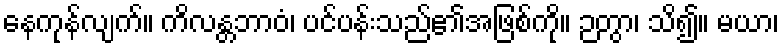
နေကုန်လျက်။ ကိလန္တဘာဝံ၊ ပင်ပန်းသည်၏အဖြစ်ကို။ ဉတွာ၊ သိ၍။ မယာ၊